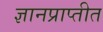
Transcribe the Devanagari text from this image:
ज्ञानप्राप्तीत